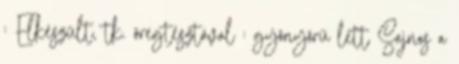
: Elkészült, tk. öregtésztával : gyönyörű lett Sajnos a